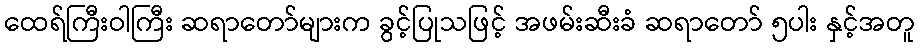
ထေရ်ကြီးဝါကြီး ဆရာတော်များက ခွင့်ပြုသဖြင့် အဖမ်းဆီးခံ ဆရာတော် ၅ပါး နှင့်အတူ